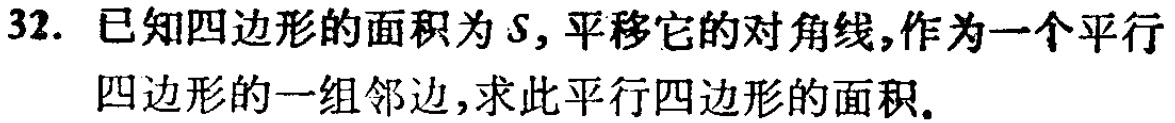
32. 已知四边形的面积为\(S\)，平移它的对角线，作为一个平行四边形的一组邻边，求此平行四边形的面积。